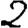
Digit: 2